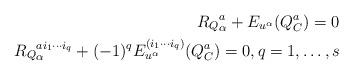
LaTeX: \begin{align*}R_Q{}^{a}_{\alpha} + E_{u^\alpha}(Q_C^a) =0\\R_Q{}^{a i_1\cdots i_q}_{\alpha} +(-1)^q E_{u^\alpha}^{(i_1\cdots i_q)}(Q_C^a) =0,q=1,\ldots,s\end{align*}